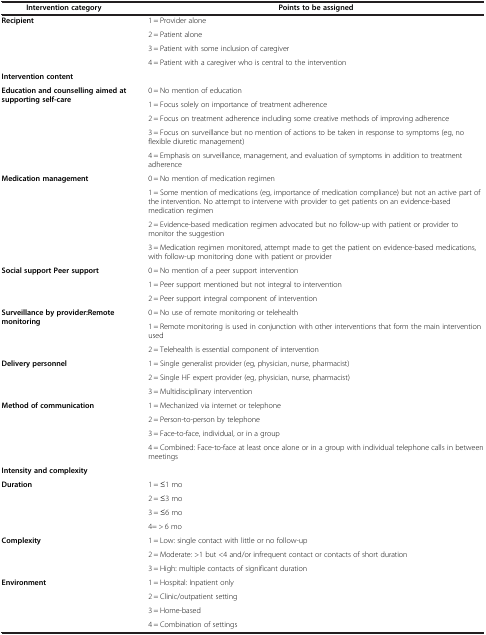
| Intervention category | Points to be assigned |
 | --- | --- |
 | Recipient | 1 = Provider alone |
 |  | 2 = Patient alone |
 |  | 3 = Patient with some inclusion of caregiver |
 |  | 4 = Patient with a caregiver who is central to the intervention |
 | <COLSPAN=2> Intervention content |
 | Education and counselling aimed at supporting self-care | 0 = No mention of education |
 |  | 1 = Focus solely on importance of treatment adherence |
 |  | 2 = Focus on treatment adherence including some creative methods of improving adherence |
 |  | 3 = Focus on surveillance but no mention of actions to be taken in response to symptoms (eg, no flexible diuretic management) |
 |  | 4 = Emphasis on surveillance, management, and evaluation of symptoms in addition to treatment adherence |
 | Medication management | 0 = No mention of medication regimen |
 |  | 1 = Some mention of medications (eg, importance of medication compliance) but not an active part of the intervention. No attempt to intervene with provider to get patients on an evidence-based medication regimen |
 |  | 2 = Evidence-based medication regimen advocated but no follow-up with patient or provider to monitor the suggestion |
 |  | 3 = Medication regimen monitored, attempt made to get the patient on evidence-based medications, with follow-up monitoring done with patient or provider |
 | Social support Peer support | 0 = No mention of a peer support intervention |
 |  | 1 = Peer support mentioned but not integral to intervention |
 |  | 2 = Peer support integral component of intervention |
 | Surveillance by provider:Remote monitoring | 0 = No use of remote monitoring or telehealth |
 |  | 1 = Remote monitoring is used in conjunction with other interventions that form the main intervention used |
 |  | 2 = Telehealth is essential component of intervention |
 | Delivery personnel | 1 = Single generalist provider (eg, physician, nurse, pharmacist) |
 |  | 2 = Single HF expert provider (eg, physician, nurse, pharmacist) |
 |  | 3 = Multidisciplinary intervention |
 | Method of communication | 1 = Mechanized via internet or telephone |
 |  | 2 = Person-to-person by telephone |
 |  | 3 = Face-to-face, individual, or in a group |
 |  | 4 = Combined: Face-to-face at least once alone or in a group with individual telephone calls in between meetings |
 | <COLSPAN=2> Intensity and complexity |
 | Duration | 1 = ≤1 mo |
 |  | 2 = ≤3 mo |
 |  | 3 = ≤6 mo |
 |  | 4= > 6 mo |
 | Complexity | 1 = Low: single contact with little or no follow-up |
 |  | 2 = Moderate: >1 but <4 and/or infrequent contact or contacts of short duration |
 |  | 3 = High: multiple contacts of significant duration |
 | Environment | 1 = Hospital: Inpatient only |
 |  | 2 = Clinic/outpatient setting |
 |  | 3 = Home-based |
 |  | 4 = Combination of settings |